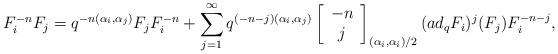
LaTeX: \begin{align*}F_{i}^{-n}F_{j}=q^{-n(\alpha_{i},\alpha_{j})}F_{j}F_{i}^{-n}+\sum_{j=1}^{\infty}q^{(-n-j)(\alpha_{i},\alpha_{j})} \left[ \begin{array}{c}-n\\j\end{array}\right]_{(\alpha_{i},\alpha_{i})/2} (ad_{q}F_{i})^{j}(F_{j})F_{i}^{-n-j},\end{align*}